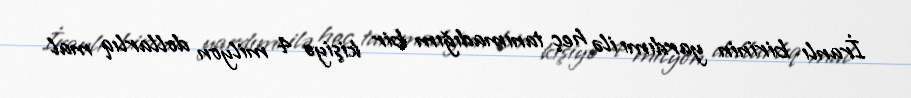
İranlı birinin yardımı ilə heç tanımadığım bir kişiyə 4 milyon dollarlıq mal